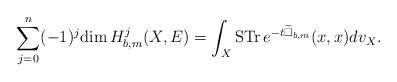
\begin{align*} \sum^n_{j=0}(-1)^j\mathrm{dim\,}H^j_{b,m}(X,E)=\int_X\mathrm{STr\,}e^{-t\widetilde{\Box}_{b,m}}(x,x)dv_X.\end{align*}